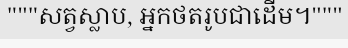
"""សត្វស្លាប, អ្នកថតរូបជាដើម។"""